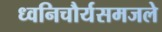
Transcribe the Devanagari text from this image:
ध्वनिचौर्यसमजले